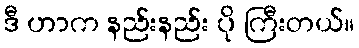
ဒီ ဟာက နည်းနည်း ပို ကြီးတယ်။